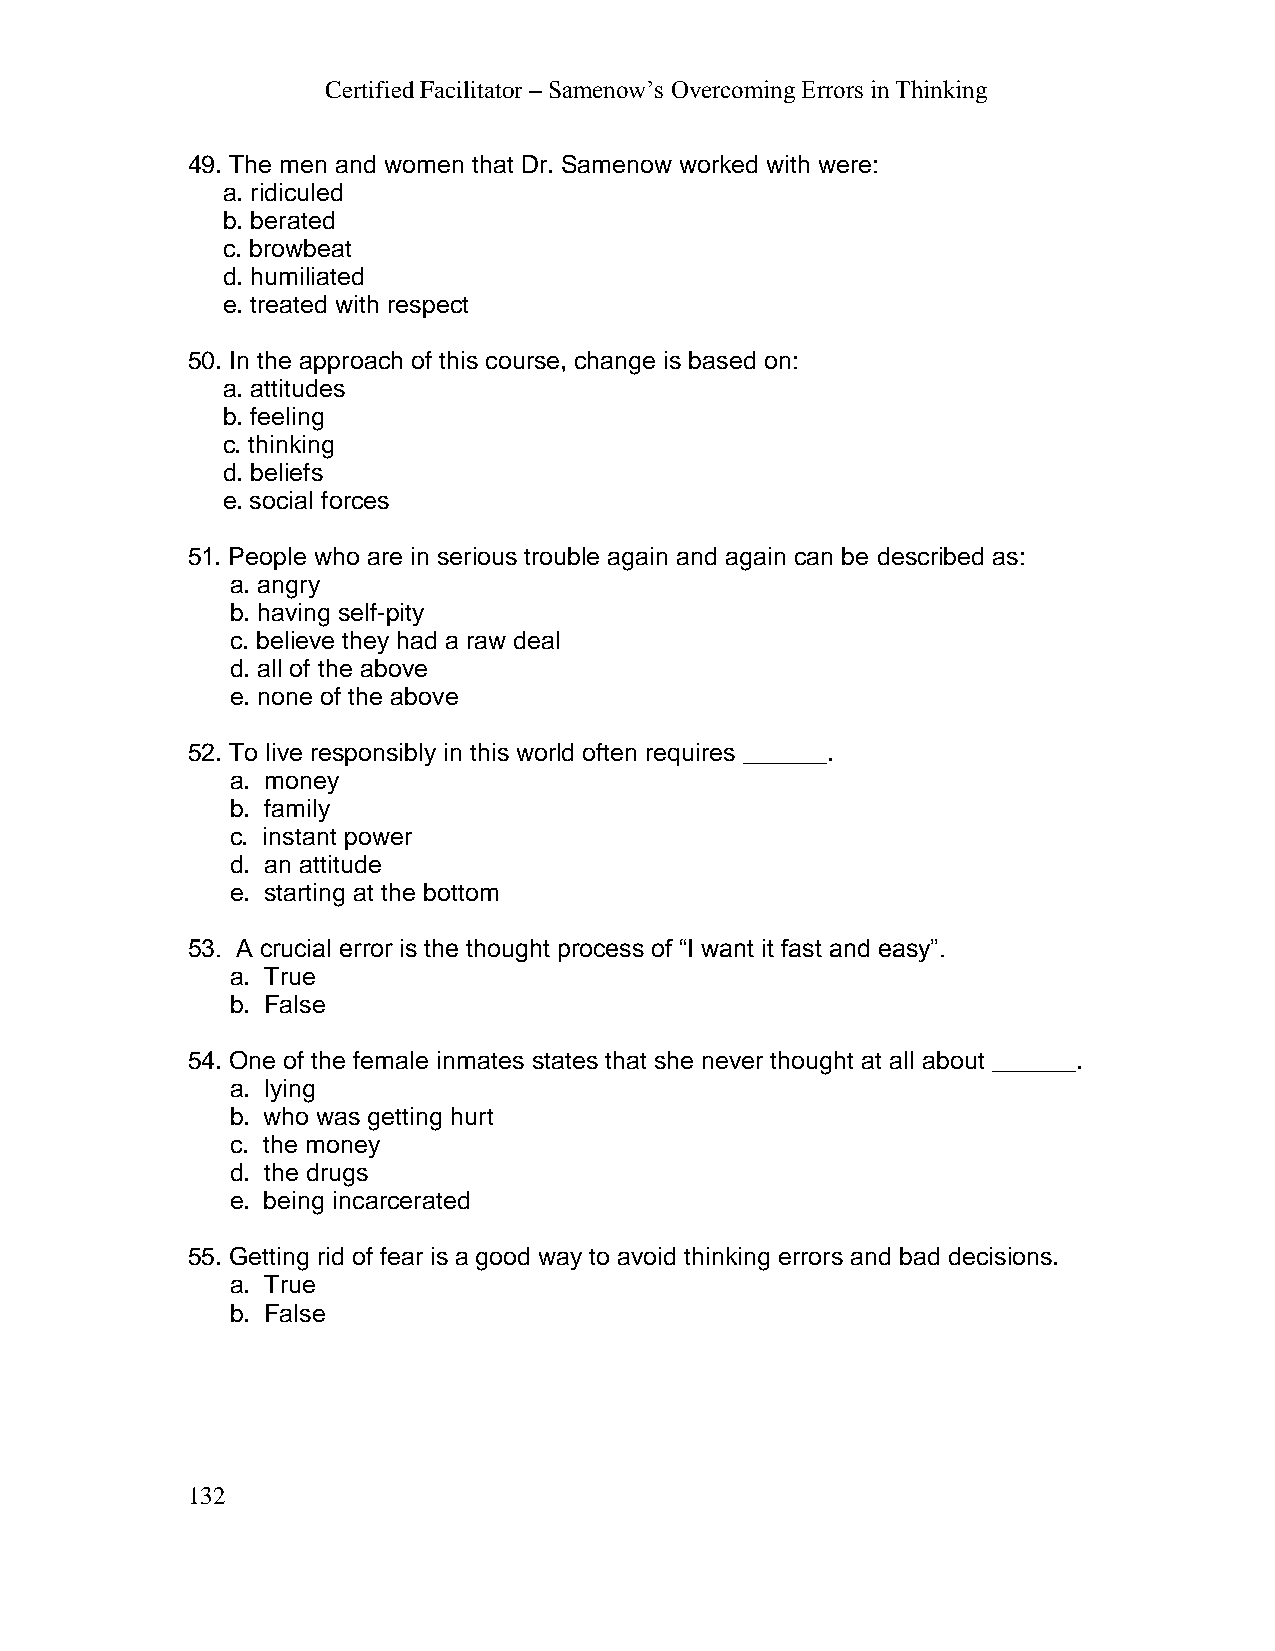
Certified Facilitator – Samenow’s Overcoming Errors in Thinking
 49. The men and women that Dr. Samenow worked with were:
 a. ridiculed
 b. berated
 c. browbeat
 d. humiliated
 e. treated with respect
 50. In the approach of this course, change is based on:
 a. attitudes
 b. feeling
 c. thinking
 d. beliefs
 e. social forces
 51. People who are in serious trouble again and again can be described as:
 a. angry
 b. having self-pity
 c. believe they had a raw deal
 d. all of the above
 e. none of the above
 52. To live responsibly in this world often requires ______.
 a. money
 b. family
 c. instant power
 d. an attitude
 e. starting at the bottom
 53. A crucial error is the thought process of “I want it fast and easy”.
 a. True
 b. False
 54. One of the female inmates states that she never thought at all about ______.
 a. lying
 b. who was getting hurt
 c. the money
 d. the drugs
 e. being incarcerated
 55. Getting rid of fear is a good way to avoid thinking errors and bad decisions.
 a. True
 b. False
 132